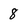
Character: 8